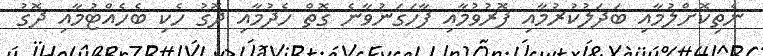
ނެތިކޮށްލުމާއި ބަދަލުކުރުމާއި ފޮރުވުމާއި ފާހަގަނުވާނެ ގޮތް ހެދުމާއި ދޮގު ހެކި ބެހެއްޓުމާއި ދޮގު